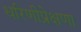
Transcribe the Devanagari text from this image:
धरिणीप्रेक्षणा